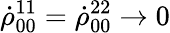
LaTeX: \dot{\rho}_{00}^{11}=\dot{\rho}_{00}^{22}\to 0